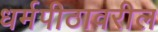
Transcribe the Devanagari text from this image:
धर्मपीठावरील